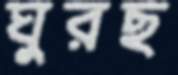
ঘুরছ